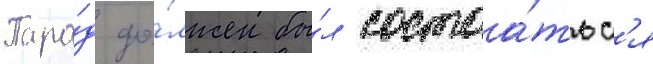
Пара́д до́лжен бы́л состоа́тьс'я